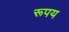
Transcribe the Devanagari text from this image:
रूपय